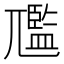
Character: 尶